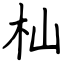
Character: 杣